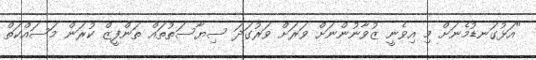
"އަޅުގަނޑުމެނަށް މި އިވެނީ ޒުވާނުންނަށް ވަރަށް ވަރުގަދަ ސިޔާސަތުތައް ތަންފީޒް ކުރަން މަސައްކަތް